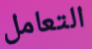
التعامل